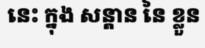
នេះ ក្នុង សន្តាន នៃ ខ្លួន